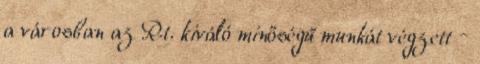
a városban az Rt. kiváló minőségű munkát végzett –